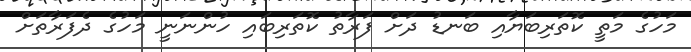
މަހުގެ މަތީ ކޮތަރިބަޔާއި ބަނޑު ދަށް ފަރާތު ކޮތަރިބައި ހުންނަނީ މަހުގެ ދެފަރާތަށް